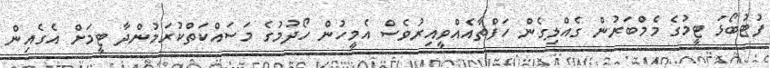
ފުޓުބޯޅަ ޓީމުގެ މެމްބަރުން ގެއްލިގެން ހަފްތާއެއްވީއިރުވެސް އެމީހުން ހޯދުމުގެ މަސައްކަތްކުރަމުންދާ ޓީމަށް އެގެއިން